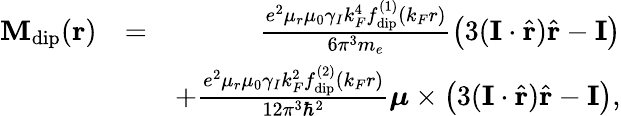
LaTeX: \begin{array}{rlr}{\mathbf{M}_{\mathrm{dip}}(\mathbf{r})}&{=}&{\frac{e^{2}\mu_{r}\mu_{0}\gamma_{I}k_{F}^{4}f_{\mathrm{dip}}^{(1)}\left(k_{F}r\right)}{6\pi^{3}m_{e}}\left(3(\mathbf{I}\cdot\hat{\mathbf{r}})\hat{\mathbf{r}}-\mathbf{I}\right)}\\ &{}&{+\frac{e^{2}\mu_{r}\mu_{0}\gamma_{I}k_{F}^{2}f_{\mathrm{dip}}^{(2)}\left(k_{F}r\right)}{12\pi^{3}\hbar^{2}}\boldsymbol{\mu}\times\left(3(\mathbf{I}\cdot\hat{\mathbf{r}})\hat{\mathbf{r}}-\mathbf{I}\right),}\end{array}